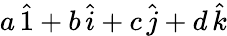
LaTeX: a\, {\hat{1}}+b\, {\hat{i}}+c\, {\hat{j}}+d\, {\hat{k}}